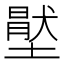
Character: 𡑅